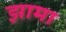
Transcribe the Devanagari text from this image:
झामा